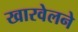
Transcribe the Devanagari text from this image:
खारवेलने